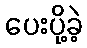
ပေးပို့ခဲ့